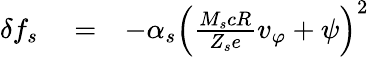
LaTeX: \begin{array}{rlr}{\delta f_{s}}&{{}=}&{-\alpha_{s}\left(\frac{M_{s}cR}{Z_{s}e}v_{\varphi}+\psi\right)^{2}}\end{array}